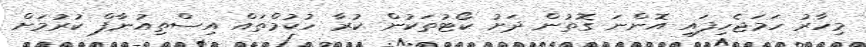
މިހާރު ހަމަޖެހިފައި އޮންނަ ގޮތުން ދަށު ކޯޓުތަކުން ކުރާ ހުކުމްތައް އިސްތިއުނާފް ކުރުމަށް